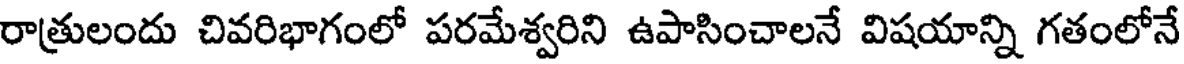
రాత్రులందు చివరిభాగంలో పరమేశ్వరిని ఉపాసించాలనే విషయాన్ని గతంలోనే